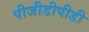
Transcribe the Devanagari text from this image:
पीजीडीपीडी